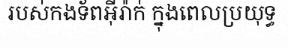
របស់កងទ័ពអ៊ីរ៉ាក់ ក្នុងពេលប្រយុទ្ធ